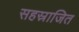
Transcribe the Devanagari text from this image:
सहस्राजित